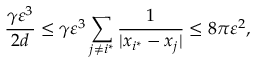
\frac { \gamma \varepsilon ^ { 3 } } { 2 d } \leq \gamma \varepsilon ^ { 3 } \sum _ { j \neq i ^ { \ast } } \frac { 1 } { | x _ { i ^ { \ast } } - x _ { j } | } \leq 8 \pi \varepsilon ^ { 2 } ,